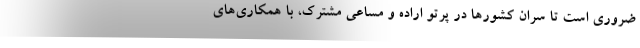
ضروری است تا سران کشورها در پرتو اراده و مساعی مشترک، با همکاری‌های